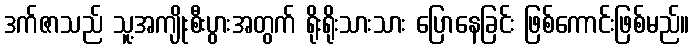
ဒက်ဇာသည် သူ့အကျိုးစီးပွားအတွက် ရိုးရိုးသားသား ပြောနေခြင်း ဖြစ်ကောင်းဖြစ်မည်။